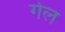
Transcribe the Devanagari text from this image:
र्गल